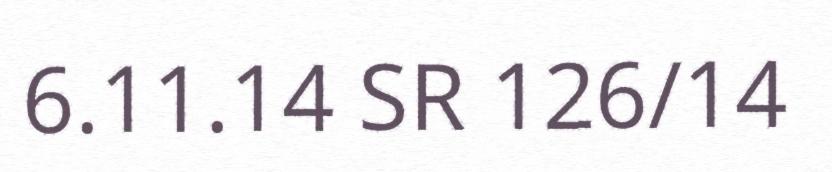
6.11.14 SR 126/14